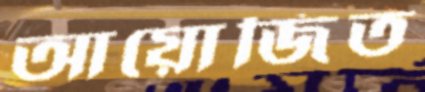
আয়োজিত